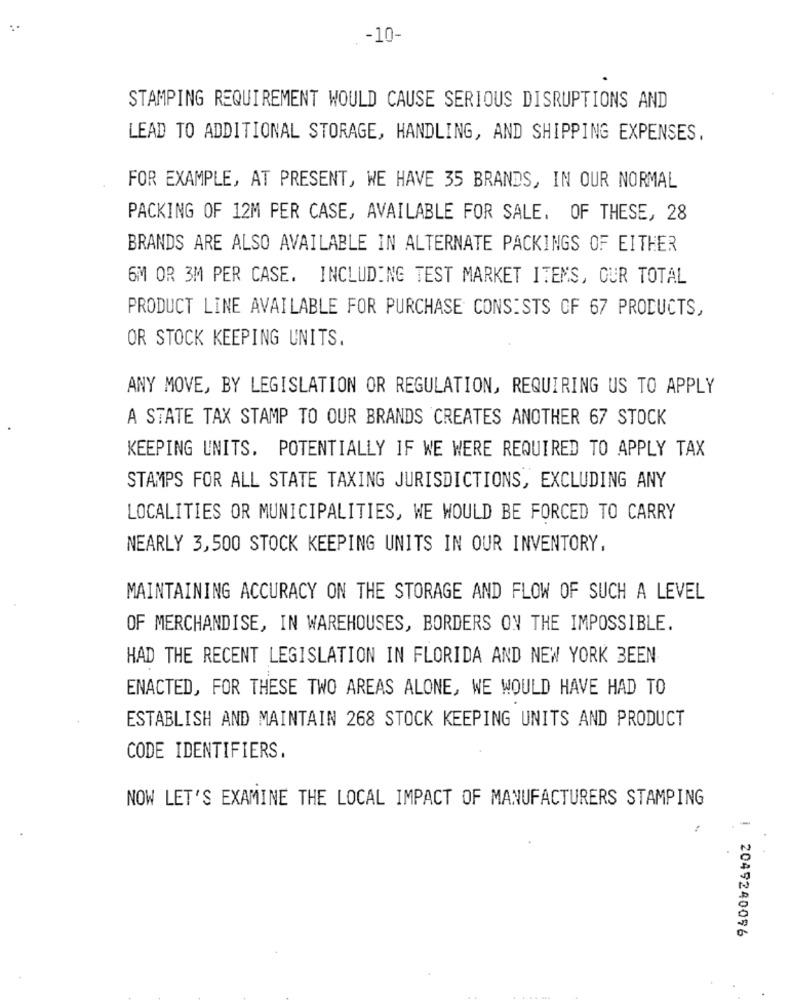
-10-
STAMPING REQUIREMENT WOULD CAUSE SERIOUS DISRUPTIONS AND
LEAD TO ADDITIONAL STORAGE, HANDLING, AND SHIPPING EXPENSES.
FOR EXAMPLE, AT PRESENT, WE HAVE 35 BRANDS, IN OUR NORMAL
PACKING OF 12M PER CASE, AVAILABLE FOR SALE. OF THESE, 28
BRANDS ARE ALSO AVAILABLE IN ALTERNATE PACKINGS OF EITHER
6M OR 3M PER CASE. INCLUDING TEST MARKET ITEMS, OUR TOTAL
PRODUCT LINE AVAILABLE FOR PURCHASE CONSISTS OF 67 PRODUCTS,
OR STOCK KEEPING UNITS.
ANY MOVE, BY LEGISLATION OR REGULATION, REQUIRING US TO APPLY
A STATE TAX STAMP TO OUR BRANDS CREATES ANOTHER 67 STOCK
KEEPING UNITS. POTENTIALLY IF WE WERE REQUIRED TO APPLY TAX
STAMPS FOR ALL STATE TAXING JURISDICTIONS, EXCLUDING ANY
LOCALITIES OR MUNICIPALITIES, WE WOULD BE FORCED TO CARRY
NEARLY 3,500 STOCK KEEPING UNITS IN OUR INVENTORY,
MAINTAINING ACCURACY ON THE STORAGE AND FLOW OF SUCH A LEVEL
OF MERCHANDISE, IN WAREHOUSES, BORDERS ON THE IMPOSSIBLE.
HAD THE RECENT LEGISLATION IN FLORIDA AND NEW YORK BEEN
ENACTED, FOR THESE TWO AREAS ALONE, WE WOULD HAVE HAD TO
ESTABLISH AND MAINTAIN 268 STOCK KEEPING UNITS AND PRODUCT
CODE IDENTIFIERS.
NOW LET'S EXAMINE THE LOCAL IMPACT OF MANUFACTURERS STAMPING
2049240096